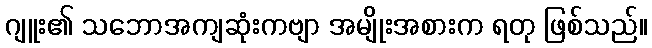
ဂျူး၏ သဘောအကျဆုံးကဗျာ အမျိုးအစားက ရတု ဖြစ်သည်။